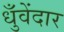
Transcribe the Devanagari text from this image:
धुँवेंदार